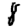
Digit: 8